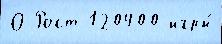
О Рост 120400 игры́